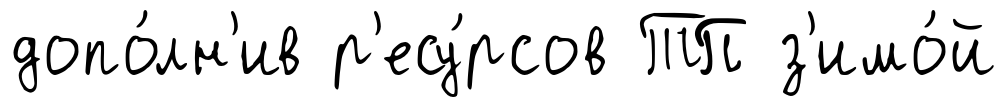
допо́лн'ив р'есу́рсов ТП з'имо́й